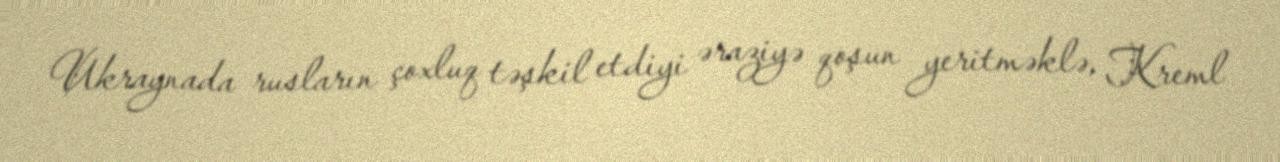
Ukraynada rusların çoxluq təşkil etdiyi əraziyə qoşun yeritməklə, Kreml